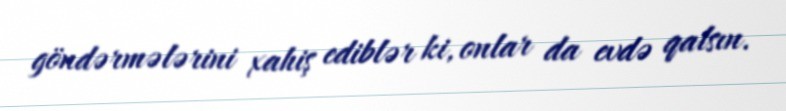
göndərmələrini xahiş ediblər ki, onlar da evdə qalsın.